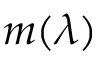
m ( \lambda )